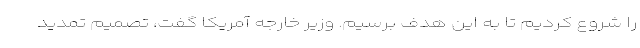
را شروع کردیم تا به این هدف برسیم. وزیر خارجه آمریکا گفت، تصمیم تمدید